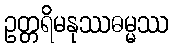
ဥတ္တရိမနုဿဓမ္မဿ